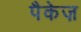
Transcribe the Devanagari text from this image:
पैकेज़